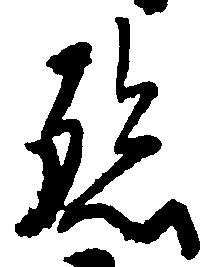
孫